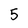
Character: 5